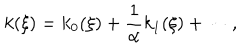
k ( \xi ) = k _ { 0 } ( \xi ) + \frac { 1 } { \alpha } k _ { 1 } ( \xi ) + \cdots ,